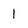
Character: l